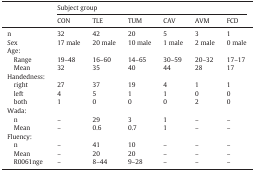
<table><thead><tr><td></td><td colspan="6"><b>Subject group</b></td></tr><tr><td></td><td><b>CON</b></td><td><b>TLE</b></td><td><b>TUM</b></td><td><b>CAV</b></td><td><b>AVM</b></td><td><b>FCD</b></td></tr></thead><tbody><tr><td>n</td><td>32</td><td>42</td><td>20</td><td>5</td><td>3</td><td>1</td></tr><tr><td>Sex</td><td>17 male</td><td>20 male</td><td>10 male</td><td>1 male</td><td>2 male</td><td>0 male</td></tr><tr><td>Age:</td><td></td><td></td><td></td><td></td><td></td><td></td></tr><tr><td> Range</td><td>19–48</td><td>16–60</td><td>14–65</td><td>30–59</td><td>20–32</td><td>17–17</td></tr><tr><td> Mean</td><td>32</td><td>35</td><td>40</td><td>44</td><td>28</td><td>17</td></tr><tr><td>Handedness:</td><td></td><td></td><td></td><td></td><td></td><td></td></tr><tr><td> right</td><td>27</td><td>37</td><td>19</td><td>4</td><td>1</td><td>1</td></tr><tr><td> left</td><td>4</td><td>5</td><td>1</td><td>1</td><td>0</td><td>0</td></tr><tr><td> both</td><td>1</td><td>0</td><td>0</td><td>0</td><td>2</td><td>0</td></tr><tr><td>Wada:</td><td></td><td></td><td></td><td></td><td></td><td></td></tr><tr><td> n</td><td>–</td><td>29</td><td>3</td><td>1</td><td>–</td><td>–</td></tr><tr><td> Mean</td><td>–</td><td>0.6</td><td>0.7</td><td>1</td><td>–</td><td>–</td></tr><tr><td>Fluency:</td><td></td><td></td><td></td><td></td><td></td><td></td></tr><tr><td> n</td><td>–</td><td>41</td><td>10</td><td>–</td><td>–</td><td>–</td></tr><tr><td> Mean</td><td>–</td><td>20</td><td>20</td><td>–</td><td>–</td><td>–</td></tr><tr><td> R0061nge</td><td>–</td><td>8–44</td><td>9–28</td><td>–</td><td>–</td><td>–</td></tr></tbody></table>